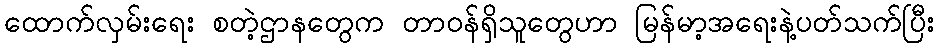
ထောက်လှမ်းရေး စတဲ့ဌာနတွေက တာဝန်ရှိသူတွေဟာ မြန်မာ့အရေးနဲ့ပတ်သက်ပြီး